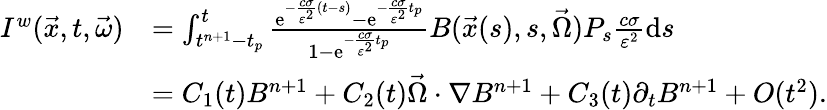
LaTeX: \begin{array}{rl}{I^{w}(\vec{x},t,\vec{\omega})}&{=\int_{t^{n+1}-t_{p}}^{t}\frac{\mathrm{e}^{-\frac{c\sigma}{\varepsilon^{2}}(t-s)}-\mathrm{e}^{-\frac{c\sigma}{\varepsilon^{2}}t_{p}}}{1-\mathrm{e}^{-\frac{c\sigma}{\varepsilon^{2}}t_{p}}}B(\vec{x}(s),s,\vec{\Omega})P_{s}\frac{c\sigma}{\varepsilon^{2}}\mathrm{d}s}\\ &{=C_{1}(t)B^{n+1}+C_{2}(t)\vec{\Omega}\cdot\nabla B^{n+1}+C_{3}(t)\partial_{t}B^{n+1}+O(t^{2}).}\end{array}